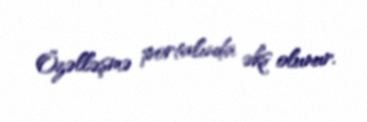
Özəlləşmə portalında əks olunur.